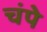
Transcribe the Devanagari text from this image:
चंपे